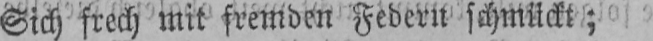
Sich frech mit fremden Federn schmückt;